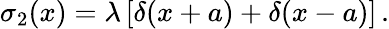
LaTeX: \sigma_{2}(x)=\lambda\left[\delta(x+a)+\delta(x-a)\right]\, .